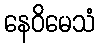
နေဝိမေသံ